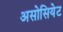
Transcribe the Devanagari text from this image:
असोसियेट